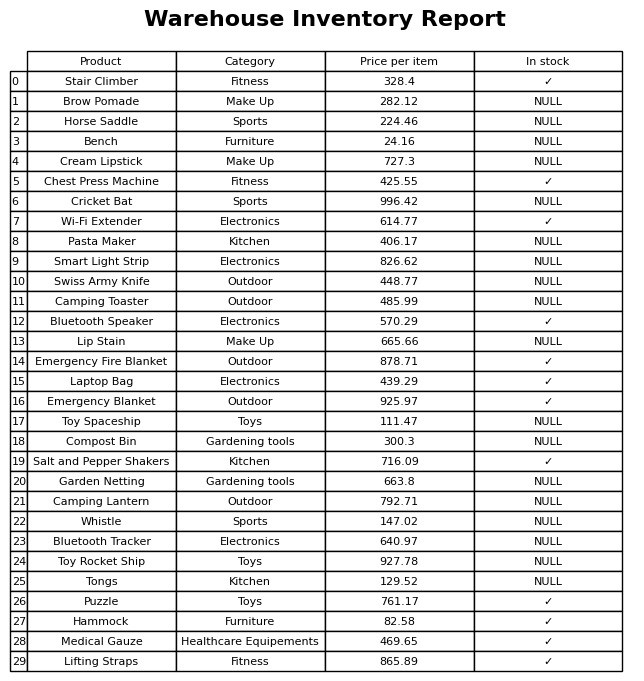
question: Is the Emergency Blanket in stock?
answer: ✓